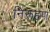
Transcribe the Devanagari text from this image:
निरूहण